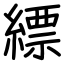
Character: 縹